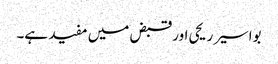
بواسیر ریحی اور قبض میں مفید ہے۔